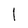
Character: 1